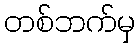
တစ်ဘက်မှ